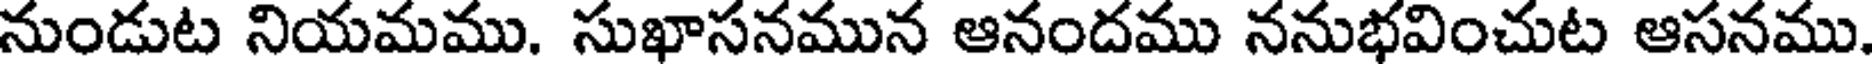
నుండుట నియమము. సుఖాసనమున ఆనందము ననుభవించుట ఆసనము